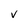
Character: v